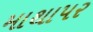
માથાપર